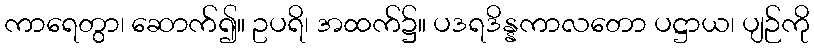
ကာရေတွာ၊ ဆောက်၍။ ဥပရိ၊ အထက်၌။ ပဒရဒိန္နကာလတော ပဋ္ဌာယ၊ ပျဉ်ကို